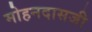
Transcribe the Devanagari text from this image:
मोहनदासजी